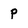
Character: p